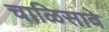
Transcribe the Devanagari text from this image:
चाळिसावे